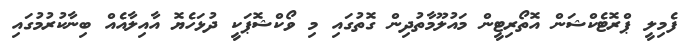
ފެމިލީ ޕްރޮޓެކްޝަން އޮތޯރިޓީން މައުލޫމާތުދިން ގޮތުގައި މި ވޯކްޝޮޕަކީ ދުޅަހެޔޮ އާއިލާއެއް ބިނާކުރުމުގައި